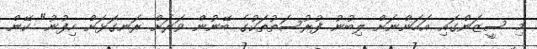
މި ސީޒަންގައި އަހަންނަށް ލިބުނު ފުރުސަތުތަކުގެ ބޭނުން ވަރަށް ރަނގަޅަށް ހިފުނު" ކޭން